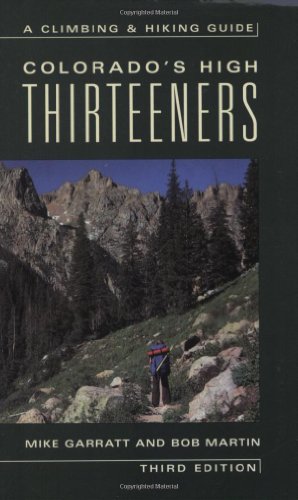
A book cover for Colorado's High Thirteeners: A Climbing and Hiking Guide; Mike Garratt; Travel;